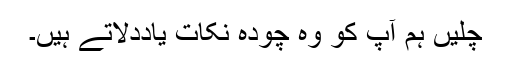
چلیں ہم آپ کو وہ چودہ نکات یاددلاتے ہیں۔